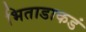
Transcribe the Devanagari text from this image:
भिताडाकडं